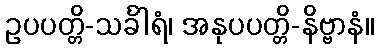
ဥပပတ္တိ-သင်္ခါရံ၊ အနုပပတ္တိ-နိဗ္ဗာနံ။